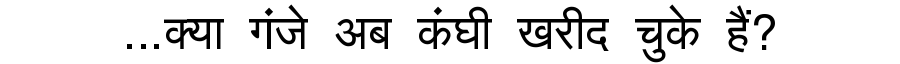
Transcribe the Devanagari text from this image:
...क्या गंजे अब कंघी खरीद चुके हैं?